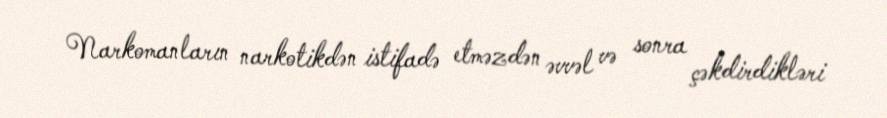
Narkomanların narkotikdən istifadə etməzdən əvvəl və sonra çəkdirdikləri